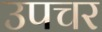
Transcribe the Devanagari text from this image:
उपचर